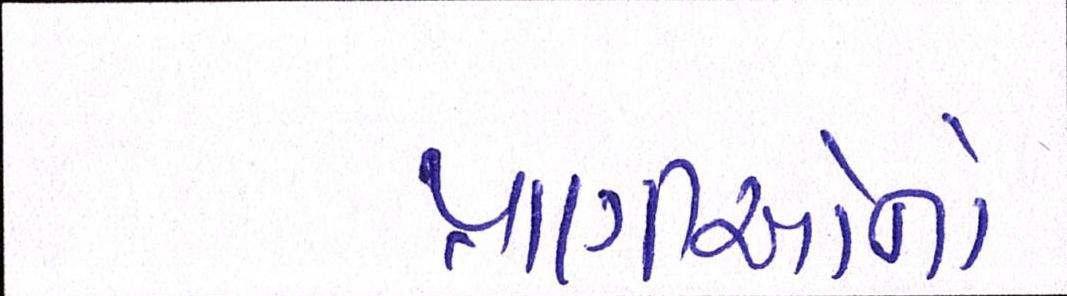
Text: પ્રાણીઓનો